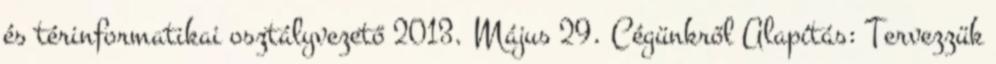
és térinformatikai osztályvezető 2013. Május 29. Cégünkről Alapítás: Tervezzük